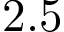
2 . 5